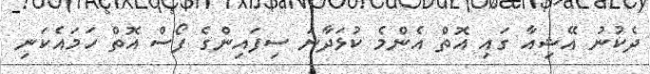
ދެކުނު އޭޝިއާ ގައި އޮތް އެންމެ ކުޅަދާނަ ސިފައިންގެ ފޯސް އޮތް ހަމައެކަނި